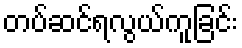
တပ်ဆင်ရလွယ်ကူခြင်း